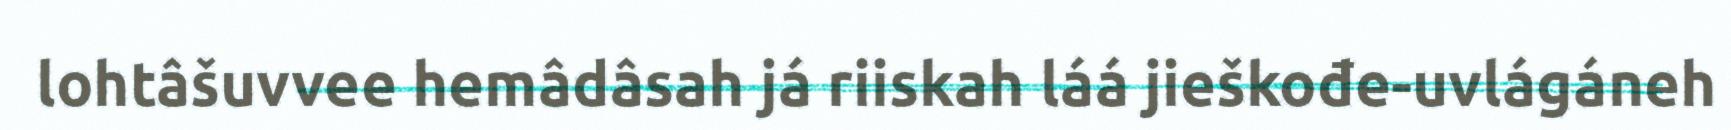
lohtâšuvvee hemâdâsah já riiskah láá jieškođe-uvlágáneh